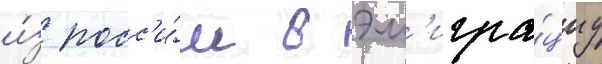
и́з росс'и́и в эм'игра́циу